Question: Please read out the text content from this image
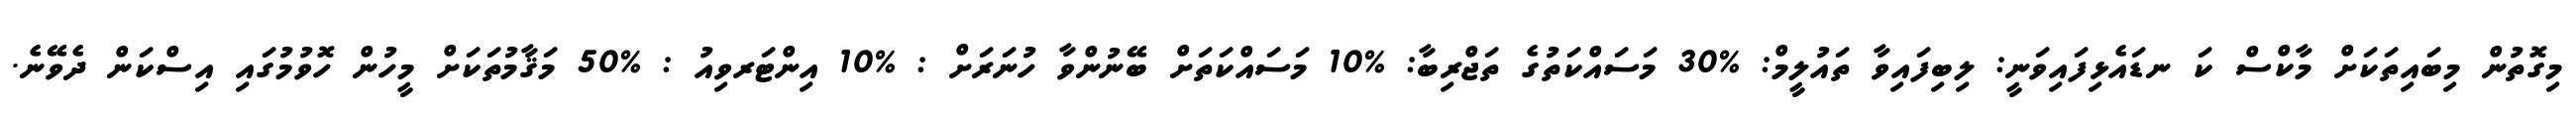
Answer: މިގޮތުން މިބައިތަކަށް މާކްސް ކަ ނޑައެޅިފައިވަނީ: ލިބިފައިވާ ތައުލީމް: %30 މަސައްކަތުގެ ތަޖްރިބާ: %10 މަސައްކަތަށް ބޭނުންވާ ހުނަރަށް : %10 އިންޓަރވިއު : %50 މަޤާމުތަކަށް މީހުން ހޮވުމުގައި އިސްކަން ދެވޭނެ.